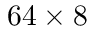
6 4 \times 8